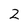
Character: 2